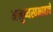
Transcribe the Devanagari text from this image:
मनुष्यस्वभावाचे